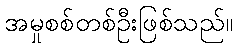
အမှုစစ်တစ်ဦးဖြစ်သည်။